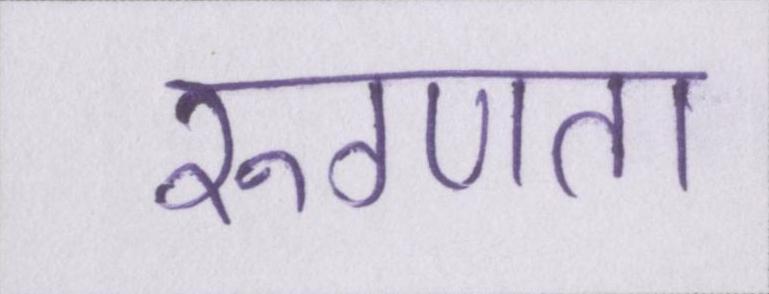
रुग्णता